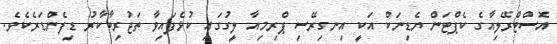
އޮސްޓްރޭލިއާގެ ކެޕްޓަން ޔެޑިނަކް އަކީ އިނގިރޭސި ޕްރިމިއާ ލީގުގައި ކުޅެފައިވާ ތަޖުރިބާކާރު ޑިފެންޑަރެކެވެ.